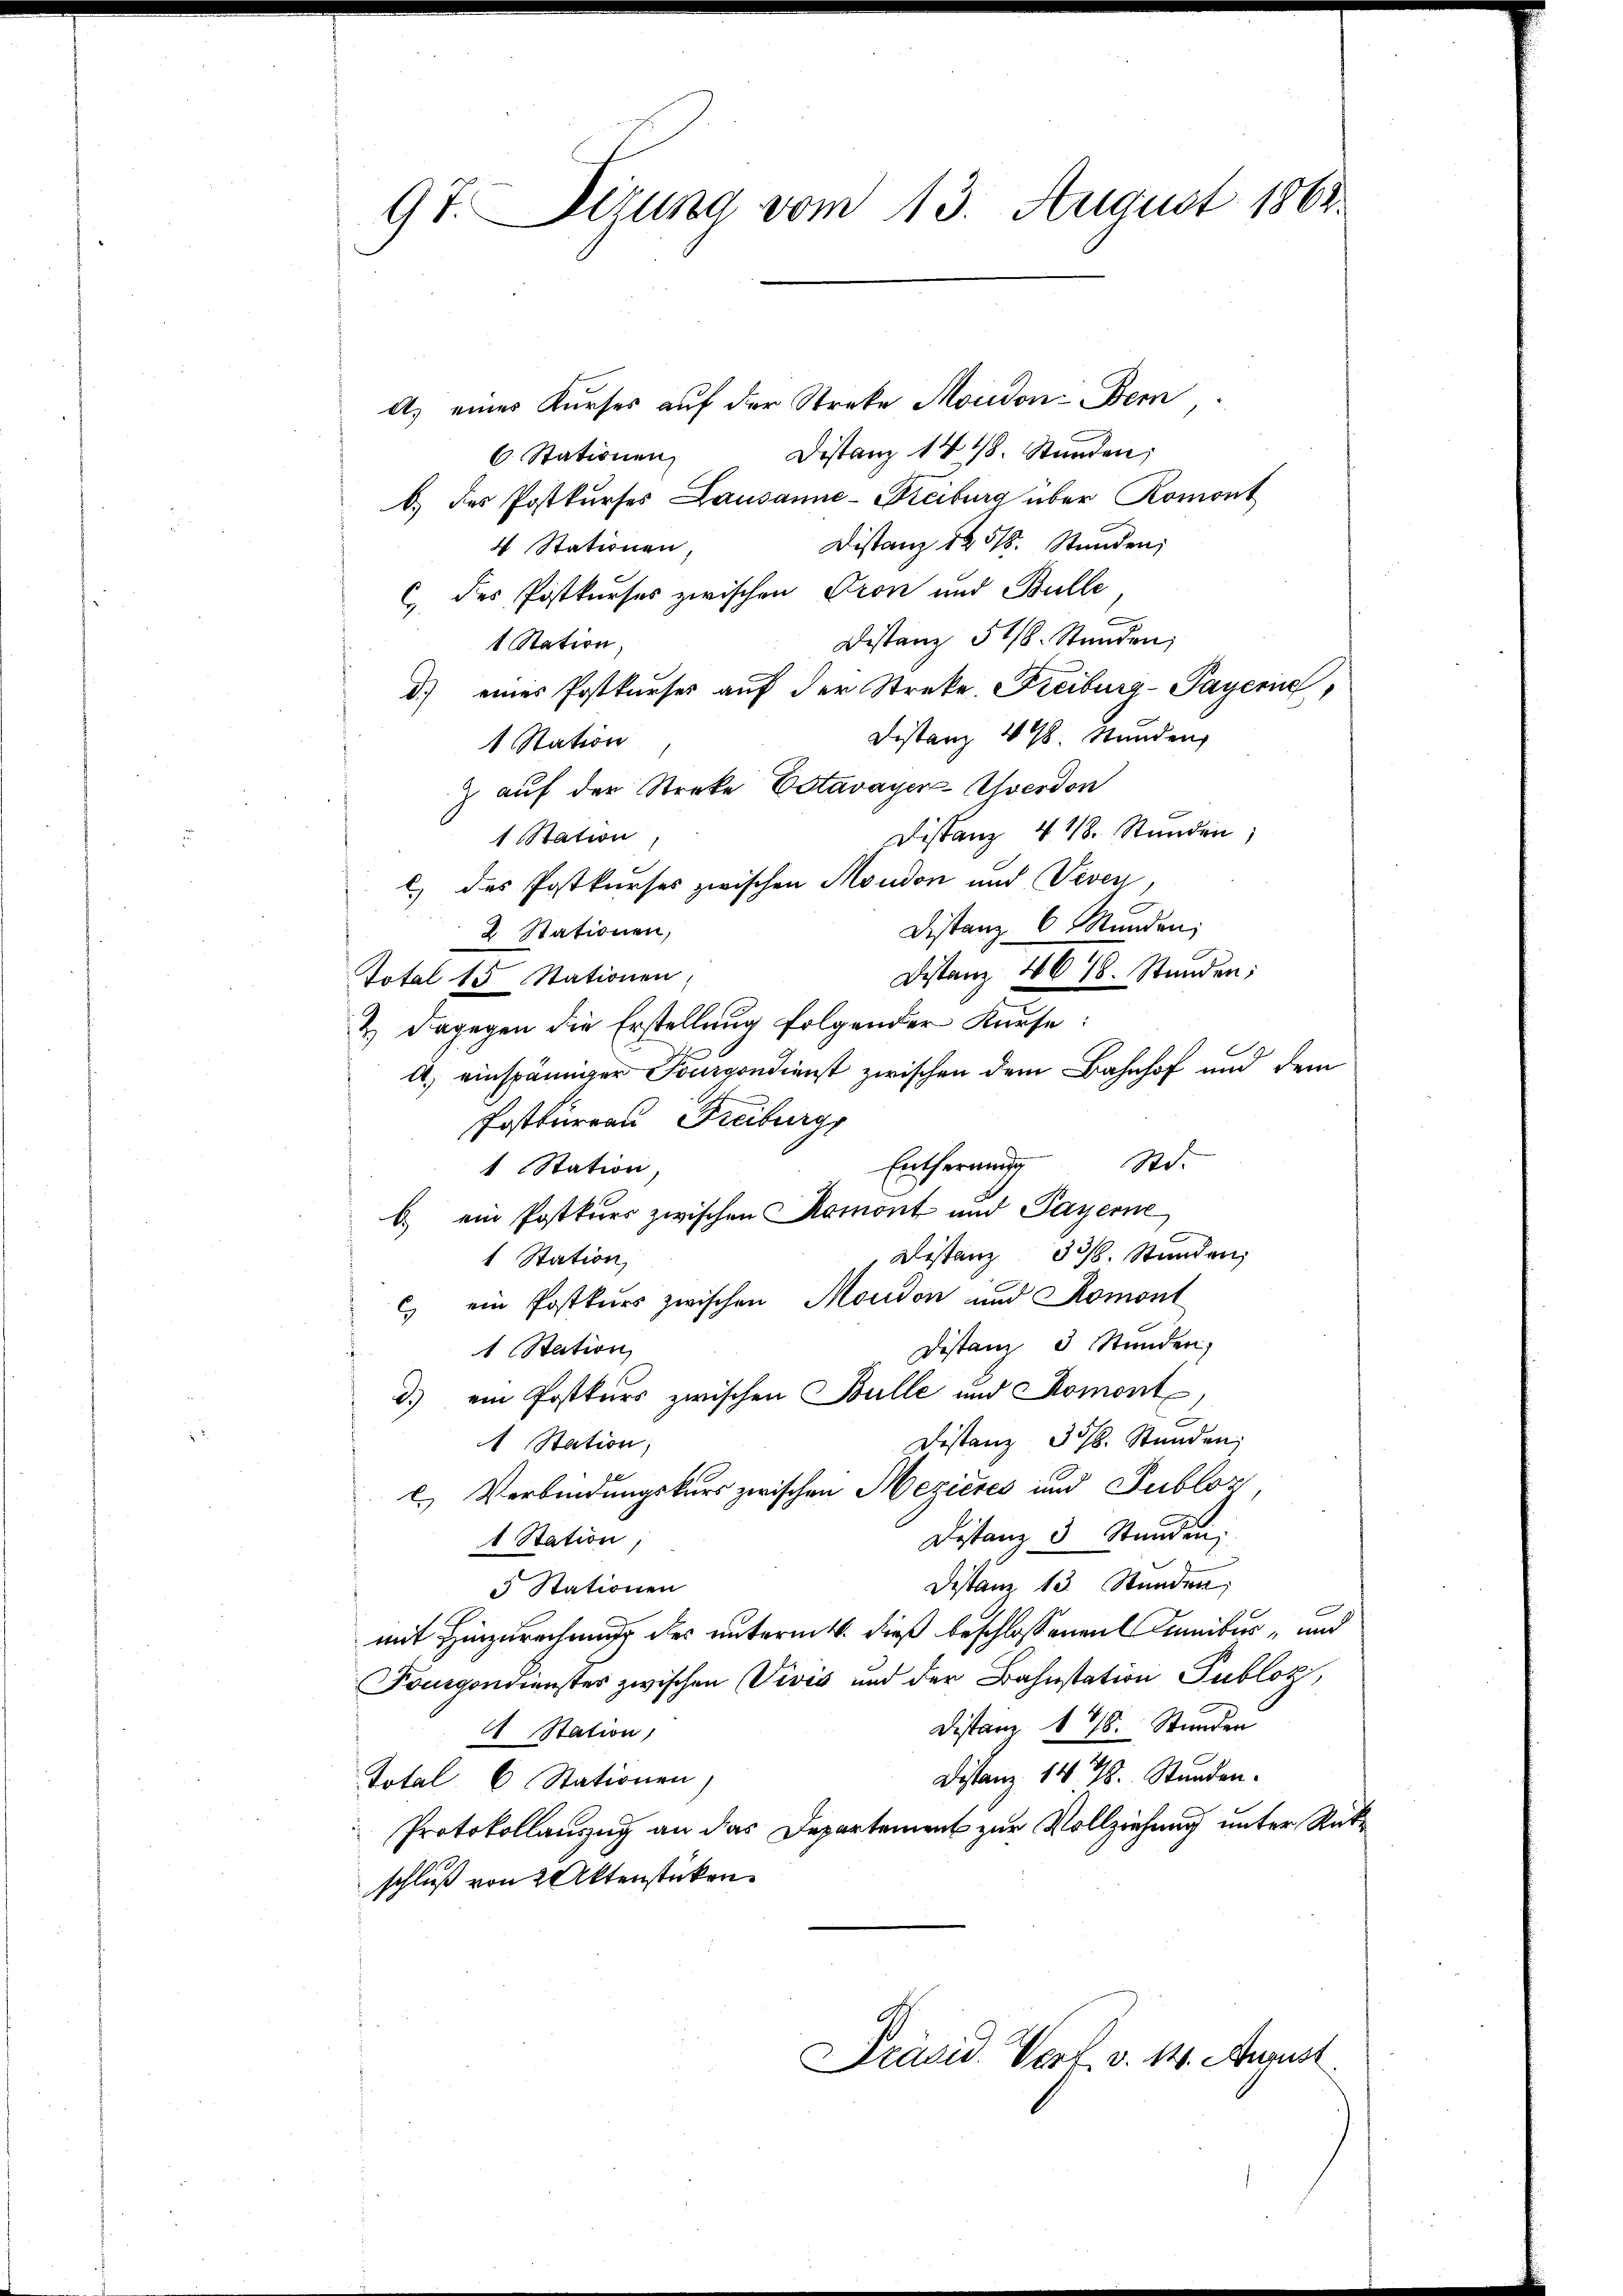
97. Sizung vom 13. August 1862

A. eines Kurses auf der Streke Moudon Bern
Distanz 1418. Stunden;
6. Stationen
b.) des Postkŭrses Lausanne-Freiburg über Romont
Distanz 14518. Stunden;
4 Stationen
c des Postkurses zwischen Pron und Bulle
Distanz 518. Stunden,
1 Station,
d.) eines Postkurses auf der Streke, Freiburg-Payerne,
Distanz 498. Stunden
1 Station
z auf der Streke Estavayer verdon
Distanz 418. Stunden;
1Station,
c) des Postkurses zwischen Moudon und Veven
Distanz 6. Stunden;
2 Stationen,
Distanz 4678. Stunden;
Total 15 Stationen,
2.) Dagegen die Erstellung folgender Kurse:
A. einspänniger Fourgondienst zwischen dem Bahnhof und dem
Posttuerau Freiburg
Entfernung
Mo.
1 Station
6.) ein Postkurs zwischen Romont und Payerne
 Distanz 338. Stunden,
1 Station
c ein Postkurs zwischen Moudon und Romont
Distanz 3 Stunden,
1 Station
d.) ein Postkurs zwischen Bulle und Romont,
Distanz 30. Stunden,
 Station,
) Verbindungskurs zwischen Mezières und Publiz
Distanz 3 Stunden,
1 Station
Destanz 13 Stunden;
 Stationen
mit Hinzurechnung des unternitt dieß beschlossenen Camnibus, und
Fourgondienstes zwischen Divis und der Bahnstation Publoz,
Distain 178. Stunden
 Station,
Distanz 1478. Stunden.
Total. 6 Stationen)
Protokollanzug an das Departement zur Vollziehung unter Rükschluß von 2 Aktenstücken.

Präsid. Verf. v. 14. August.